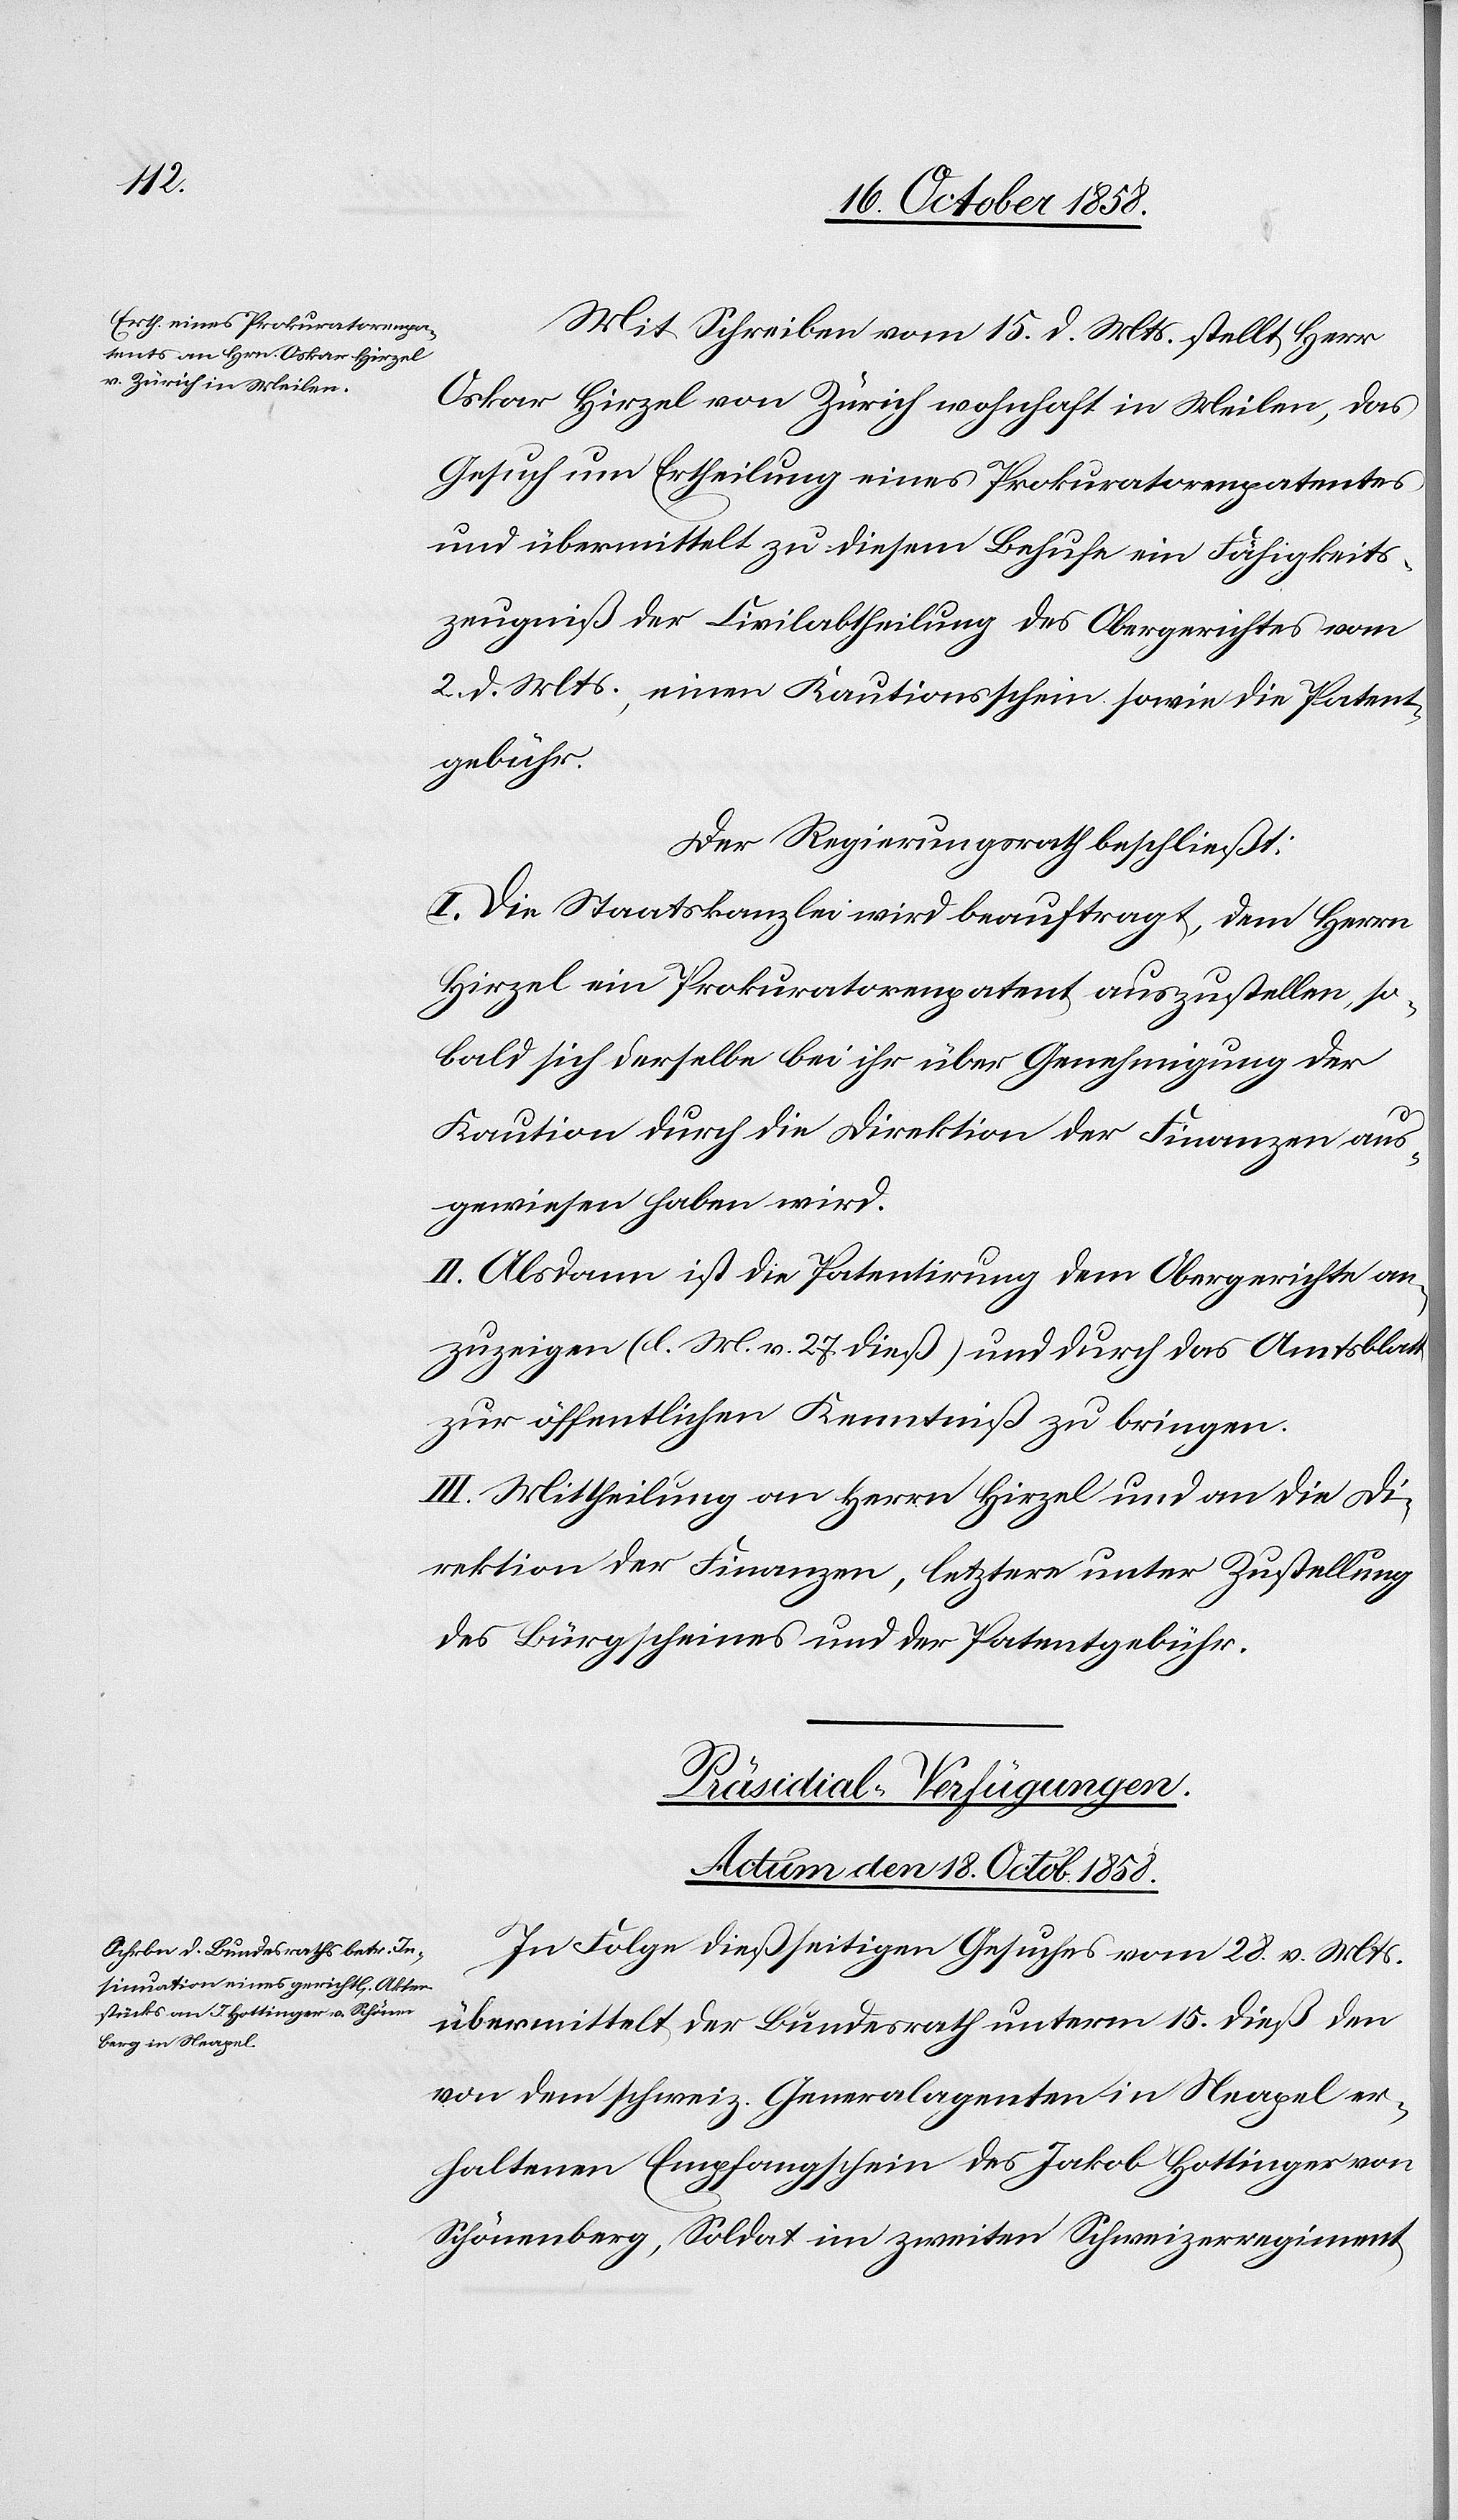
Mit Schreiben vom 15. d. Mts. stellt Herr
Oskar Hirzel von Zürich wohnhaft in Meilen, das
Gesuch um Ertheilung eines Prokuratorenpatentes
und übermittelt zu diesem Behufe ein Fähigkeits¬
zeugniß der Civilabtheilung des Obergerichtes vom
2. d. Mts., einen Kautionsschein sowie die Patent¬
gebühr.
Der Regierungsrath beschließt:
I. Die Staatskanzlei wird beauftragt, dem Herrn
Hirzel ein Prokuratorenpatent auszustellen, so¬
bald sich derselbe bei ihr über Genehmigung der
Kaution durch die Direktion der Finanzen aus¬
gewiesen haben wird.
II. Alsdann ist die Patentirung dem Obergerichte an¬
zuzeigen (l. M. v. 27. dieß) und durch das Amtsblatt
zur öffentlichen Kenntniß zu bringen.
III. Mittheilung an Herrn Hirzel und an die Di¬
rektion der Finanzen, letztere unter Zustellung
des Bürgscheines und der Patentgebühr.
Präsidial-Verfügungen.
Actum den 18. Octob. 1858.
In Folge dießseitigen Gesuches vom 28. v. Mts.
übermittelt der Bundesrath unterm 15. dieß den
von dem schweiz. Generalagenten in Neapel er¬
haltenen Empfangschein des Jakob Hottinger von
Schönenberg, Soldat im zweiten Schweizerregiment